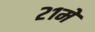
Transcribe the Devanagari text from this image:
२१मे